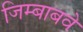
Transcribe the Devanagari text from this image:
जिम्बाबवे